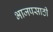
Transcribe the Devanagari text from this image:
भाजपसाठी